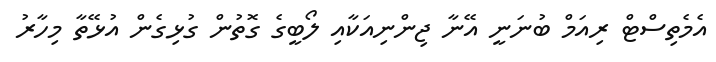
އެމެތިސްޓް ރިއަމް ބުނަނީ އޭނާ ޖިންނިއަކާއި ލޯބީގެ ގޮތުން ގުޅިގެން އުޅޭތާ މިހާރު